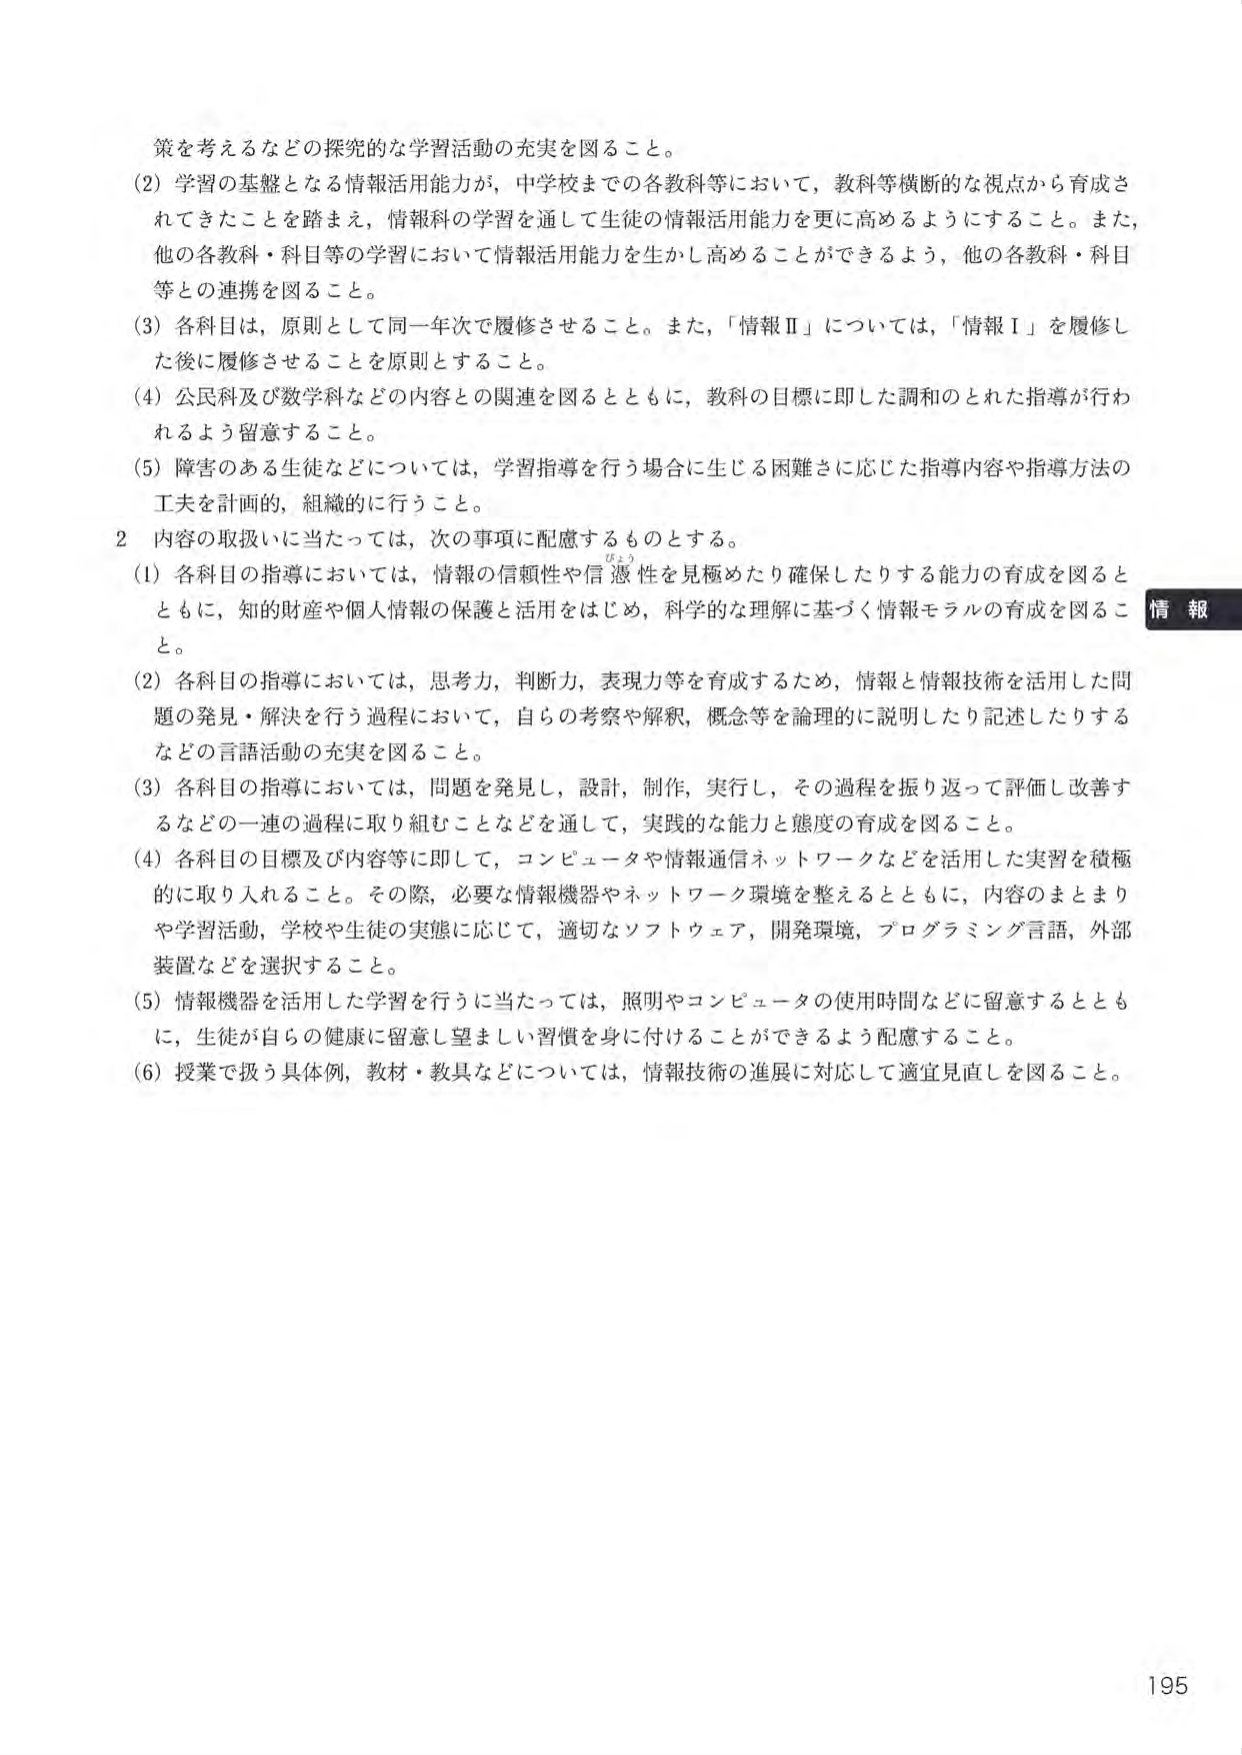
策を考えるなどの探究的な学習活動の充実を図ること。

(2) 学習の基盤となる情報活用能力が，中学校までの各教科等において，教科等横断的な視点から育成されてきたことを踏まえ，情報科の学習を通して生徒の情報活用能力を更に高めるようにすること。また，他の各教科・科目等の学習において情報活用能力を生かし高めることができるよう，他の各教科・科目等との連携を図ること。

(3) 各科目は，原則として同一年次で履修させること。また，「情報Ⅱ」については，「情報Ⅰ」を履修した後に履修させることを原則とすること。

(4) 公民科及び数学科などの内容との関連を図るとともに，教科の目標に即した調和のとれた指導が行われるよう留意すること。

(5) 障害のある生徒などについては，学習指導を行う場合に生じる困難さに応じた指導内容や指導方法の工夫を計画的，組織的に行うこと。

2 内容の取扱いに当たっては，次の事項に配慮するものとする。

(1) 各科目の指導においては，情報の信頼性や信憑性を見極めたり確保したりする能力の育成を図るとともに，知的財産や個人情報の保護と活用をはじめ，科学的な理解に基づく情報モラルの育成を図ること。

(2) 各科目の指導においては，思考力，判断力，表現力等を育成するため，情報と情報技術を活用した問題の発見・解決を行う過程において，自らの考察や解釈，概念等を論理的に説明したり記述したりするなどの言語活動の充実を図ること。

(3) 各科目の指導においては，問題を発見し，設計，制作，実行し，その過程を振り返って評価し改善するなどの一連の過程に取り組むことなどを通して，実践的な能力と態度の育成を図ること。

(4) 各科目の目標及び内容等に即して，コンピュータや情報通信ネットワークなどを活用した実習を積極的に取り入れること。その際，必要な情報機器やネットワーク環境を整えるとともに，内容のまとまりや学習活動，学校や生徒の実態に応じて，適切なソフトウェア，開発環境，プログラミング言語，外部装置などを選択すること。

(5) 情報機器を活用した学習を行うに当たっては，照明やコンピュータの使用時間などに留意するとともに，生徒が自らの健康に留意し望ましい習慣を身に付けることができるよう配慮すること。

(6) 授業で扱う具体例，教材・教具などについては，情報技術の進展に対応して適宜見直しを図ること。

情報

195